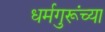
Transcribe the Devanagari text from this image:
धर्मगुरूंच्या